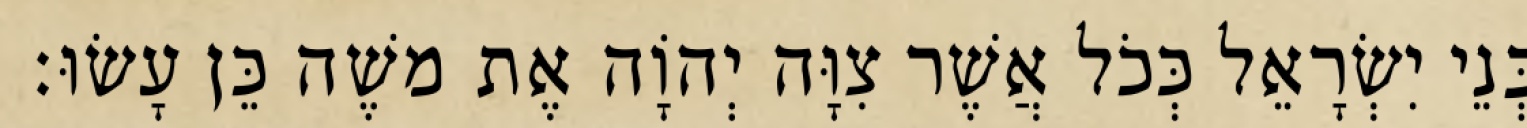
בְּנֵי יִשְׂרָאֵל כְּכֹל אֲשֶׁר צִוָּה יְהוָֹה אֶת משֶׁה כֵּן עָשׂוּ׃